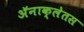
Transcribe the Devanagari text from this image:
अॅनाक्लेतस